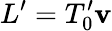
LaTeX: L^{\prime}=T_{0}^{\prime}\mathbf{v}